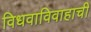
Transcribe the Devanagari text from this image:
विधवाविवाहाची